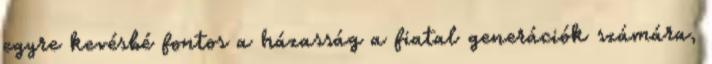
egyre kevésbé fontos a házasság a ﬁatal generációk számára,